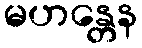
မဟန္တေန